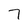
Character: 7